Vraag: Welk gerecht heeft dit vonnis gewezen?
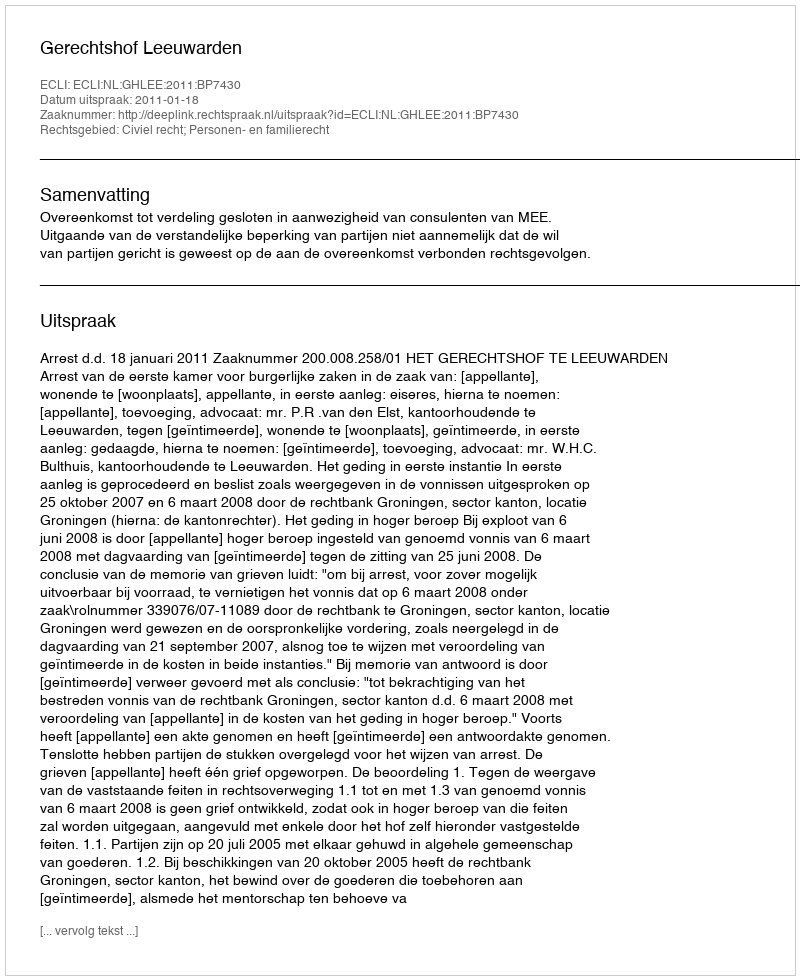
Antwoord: Gerechtshof Leeuwarden